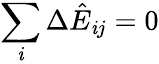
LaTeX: \sum_{\mathit{i}}\Delta\hat{{E}}_{\mathit{i}j}=0